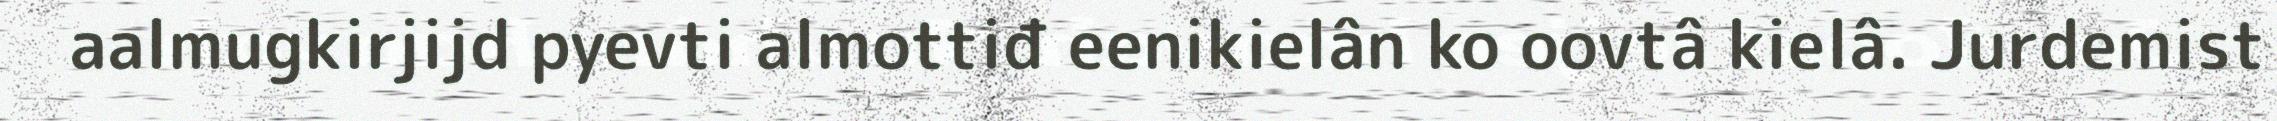
aalmugkirjijd pyevti almottiđ eenikielân ko oovtâ kielâ. Jurdemist